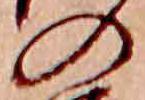
の